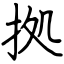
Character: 拠